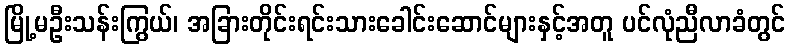
မြို့မဦးသန်းကြွယ်၊ အခြားတိုင်းရင်းသားခေါင်းဆောင်များနှင့်အတူ ပင်လုံညီလာခံတွင်